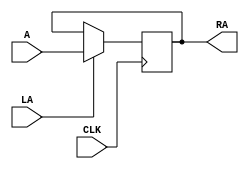
module RegisterA(RA, A, LA, CLK);
	output reg [7:0] RA;
	input [7:0] A;
	input LA;
	input CLK;
	
	always @(posedge CLK)
		begin
			if(LA == 1)
				RA <= A; 
		end
endmodule